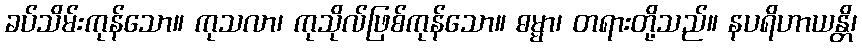
ခပ်သိမ်းကုန်သော။ ကုသလာ၊ ကုသိုလ်ဖြစ်ကုန်သော။ ဓမ္မာ၊ တရားတို့သည်။ နပရိဟာယန္တိ၊